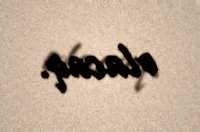
olacaq.